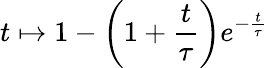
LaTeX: t\mapsto 1-\left(1+\frac{t}{\tau}\right)e^{-\frac{t}{\tau}}